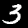
Digit: 3